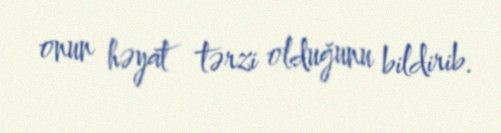
onun həyat tərzi olduğunu bildirib.